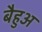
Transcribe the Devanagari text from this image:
बैहुअ